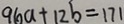
9 6 a + 1 2 b = 1 7 1